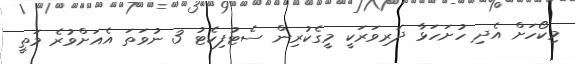
މިކޯހަށް އެދި ހުށަހަޅާ ދަރިވަރަކީ މީގެކުރިން ސެޓުފިކެޓު 3 ނުވަތަ އެއަށްވުރެ މަތީ